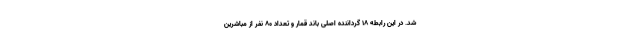
شد. در این رابطه ۱۸ گرداننده اصلی باند قمار و تعداد ۸۰ نفر از مباشرین